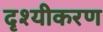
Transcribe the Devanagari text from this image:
दृश्यीकरण